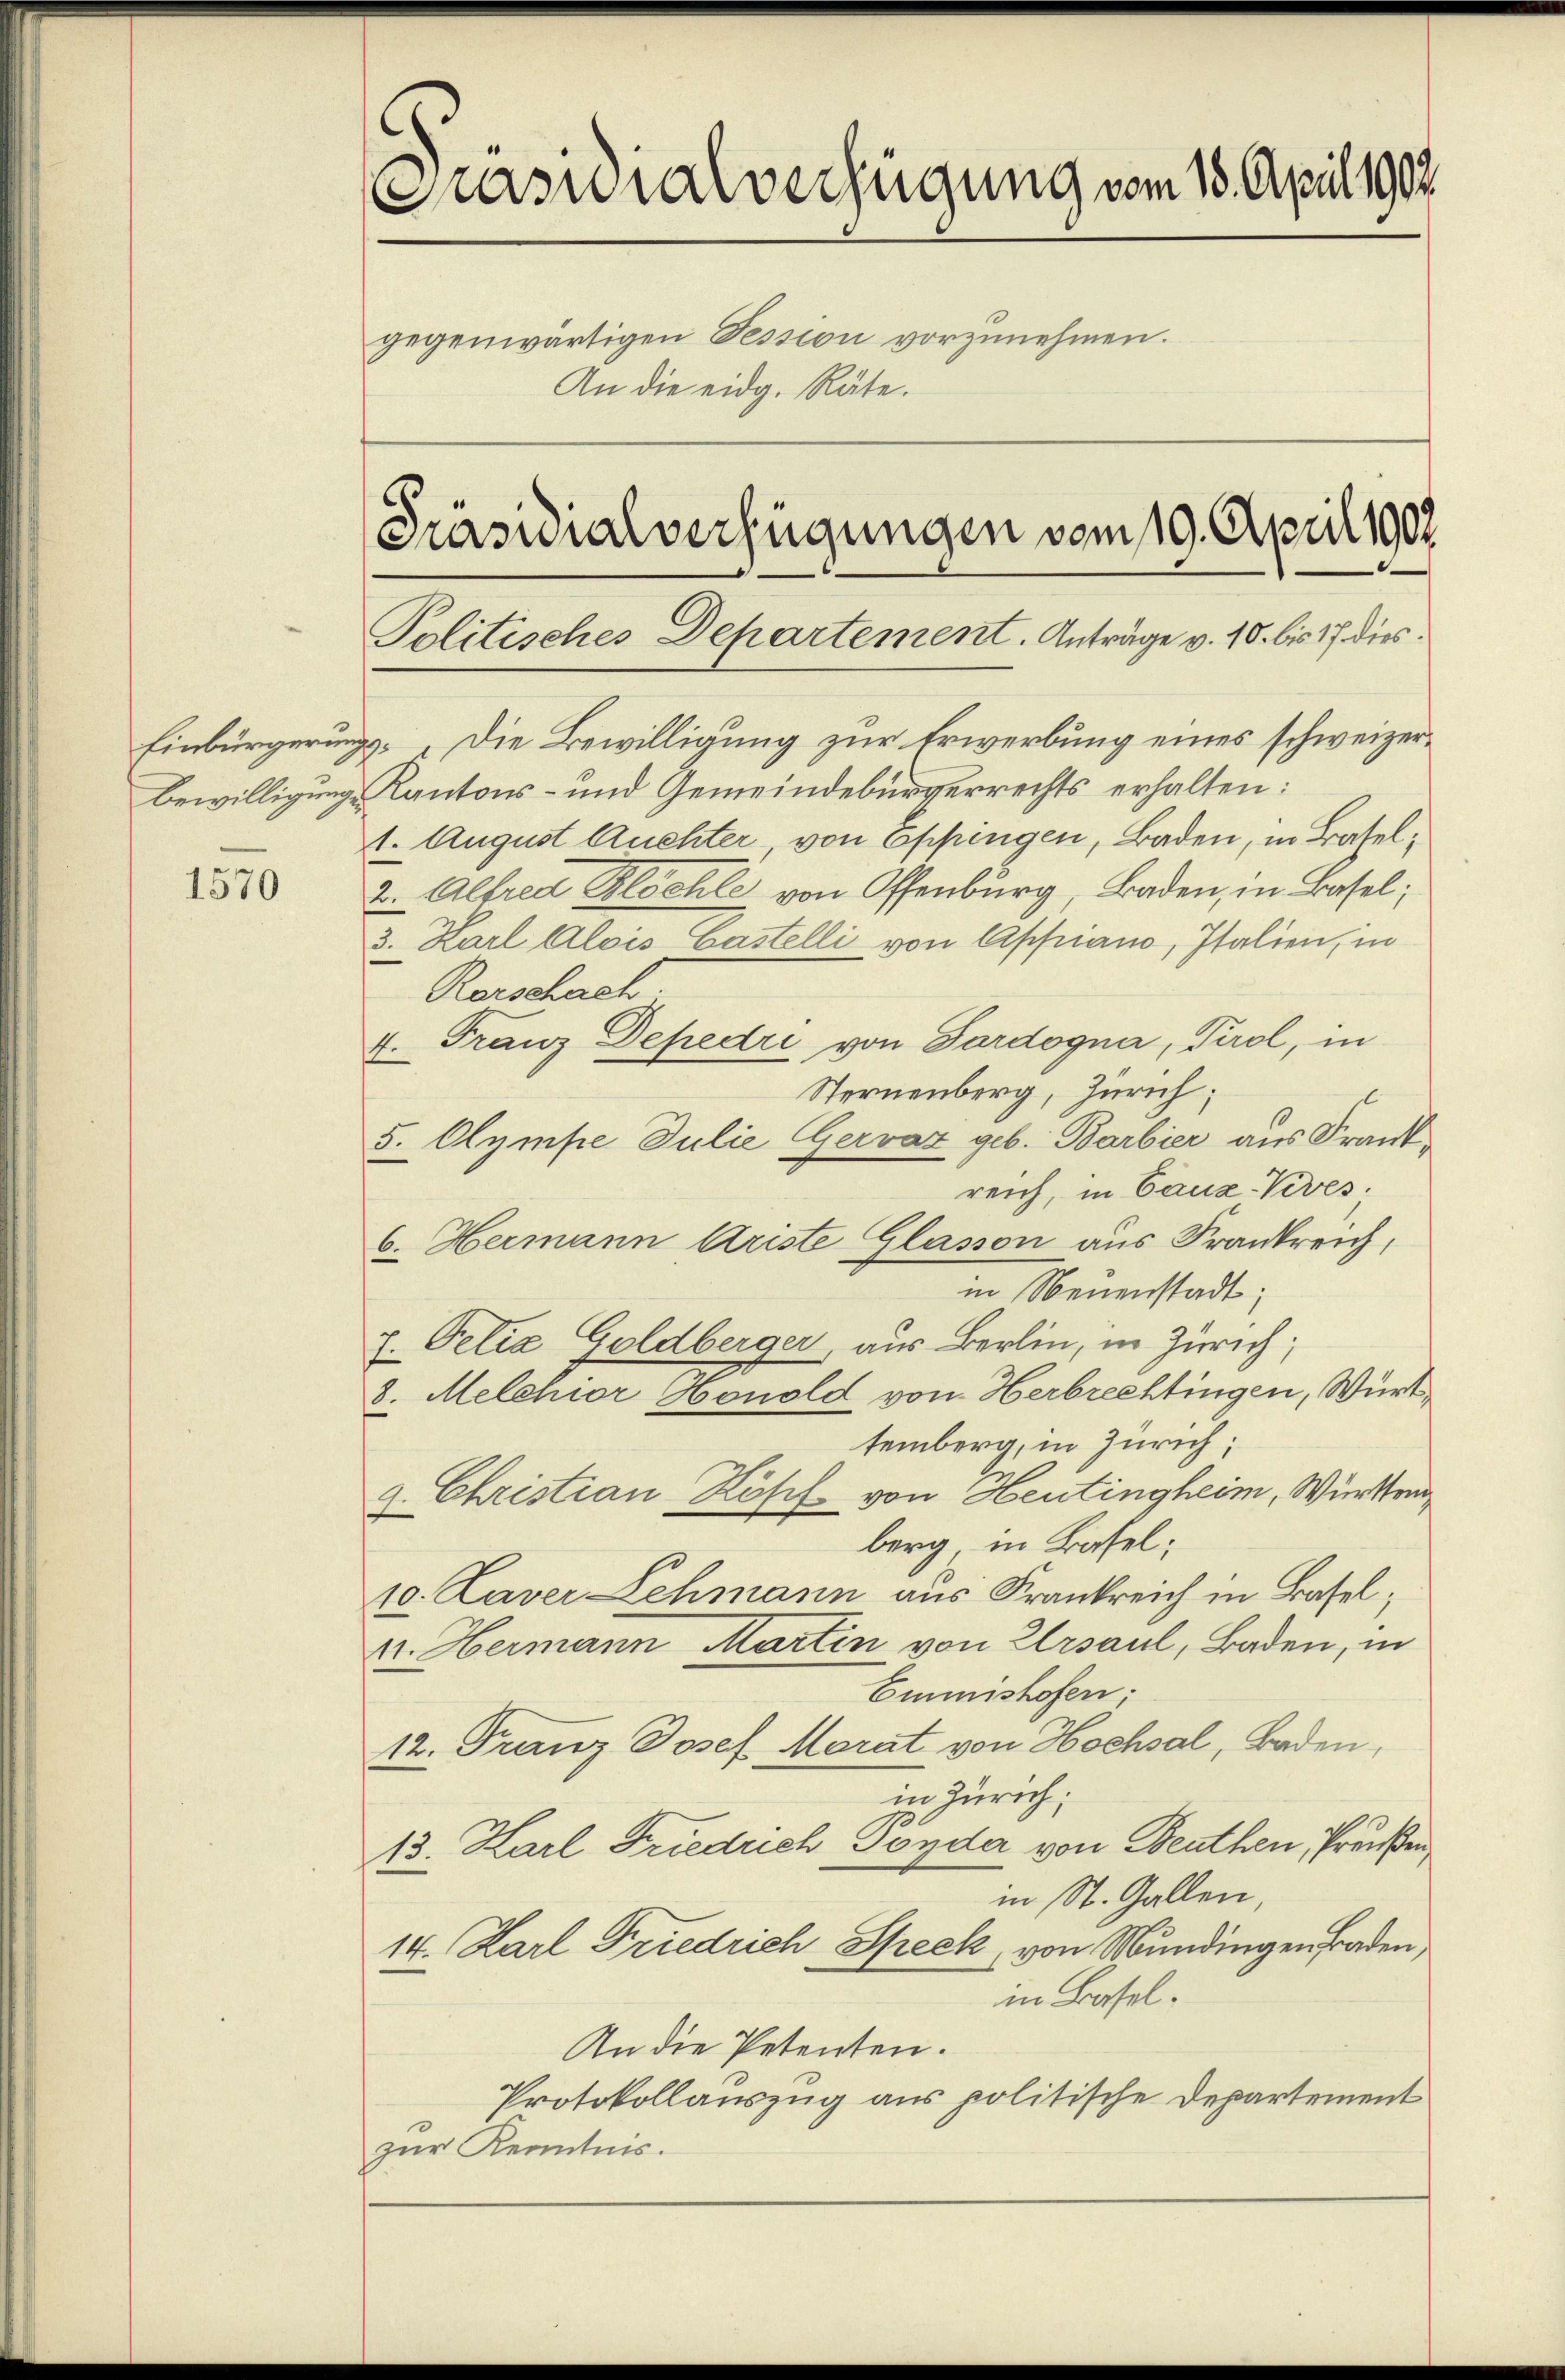
Einbürgerung
Bewilligung

1570

Präsidialverfügung vom 18. April 1902.
gegenwärtigen Tession vorzunehmen.
An die eidg. Räte.
Präsidialverfügungen vom 19. April 1907.

Politisches Departement. Anträge v. 10. bis 17. dies¬

. „Die Bewilligung zur Erwerbung eines schweizer¬
Kantons- und Gemeindebürgerrechts erhalten:
1. August Auchter von Eppingen, Baden, in Batel¬
2. Alfred Blochle von Offenburg, Baden, in Basel;
3. Karl Alois Gastelli von Affiano, Italien, in
Rorschach
4. Franz Depedri von Pardogna, Tirol, in
Sternenberg, Zürich;
5. Olympe Julie Gervaz geb. Barbier aus Frankreich, in Cauz-Veves.
6. Hermann Ariste Glasson aus Frankreich,
in Neuenstadt;
7. Pelia Goldberger, aus Berlin, in Zürich;
8. Melchior Honold von Herbrechtingen, Württemberg, in Zürich;
g. Christian Köpf von Heutingheim, Württem
berg, in Basel;
10. Laver Lehmann aus Frankreich in Basel;
nr. Hermann Martin von Ursaul, Baden, in
Emmshofen;
12. Franz Josef Morat von Hochsal, Baden,
in Zürich;
13. Karl Friedrich Pönda von Beuthen Preußen
in St. Gallen,
14. Karl Friedrich Speck von Mundingen Baden,
in Basel.
An die Petenten.
Protokollauszug aus politische Departement
zur Kenntnis.